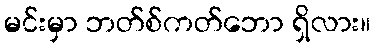
မင်းမှာ ဘတ်စ်ကတ်ဘော ရှိလား။